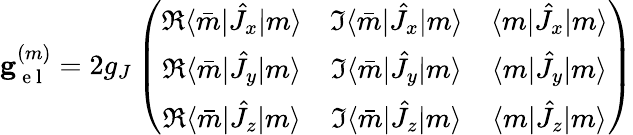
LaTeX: \mathbf{g}_{\mathrm{~e~l~}}^{(m)}=2g_{J}\left(\begin{array}{ccc}{\Re\langle\bar{m}|\hat{J}_{x}|m\rangle}&{\Im\langle\bar{m}|\hat{J}_{x}|m\rangle}&{\langle m|\hat{J}_{x}|m\rangle}\\ {\Re\langle\bar{m}|\hat{J}_{y}|m\rangle}&{\Im\langle\bar{m}|\hat{J}_{y}|m\rangle}&{\langle m|\hat{J}_{y}|m\rangle}\\ {\Re\langle\bar{m}|\hat{J}_{z}|m\rangle}&{\Im\langle\bar{m}|\hat{J}_{z}|m\rangle}&{\langle m|\hat{J}_{z}|m\rangle}\end{array}\right)